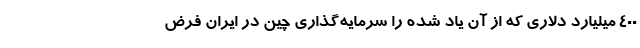
400 میلیارد دلاری که از آن یاد شده را سرمایه‌گذاری چین در ایران فرض